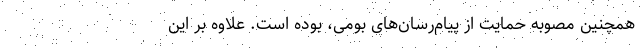
همچنین مصوبه حمایت از پیام‌رسان‌های بومی، بوده است. علاوه بر این